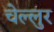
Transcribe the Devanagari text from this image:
चेल्लुर